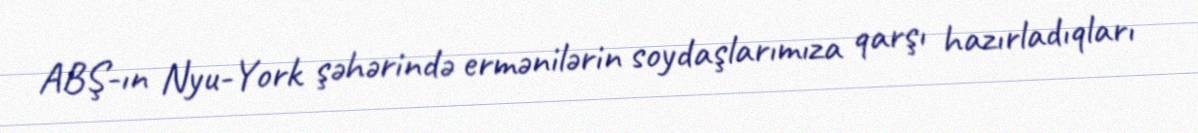
ABŞ-ın Nyu-York şəhərində ermənilərin soydaşlarımıza qarşı hazırladıqları